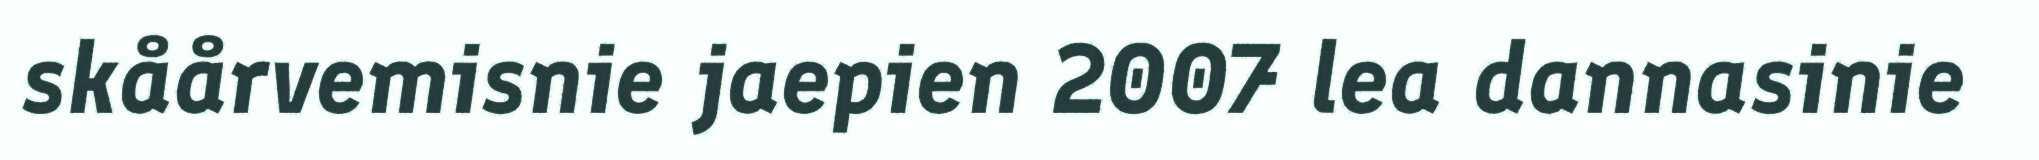
skåårvemisnie jaepien 2007 lea dannasinie